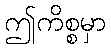
ဤကိစ္စမှာ